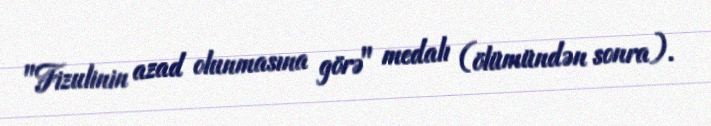
"Fizulinin azad olunmasına görə" medalı (ölümündən sonra).